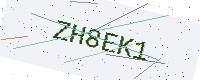
Text: ZH8EK1